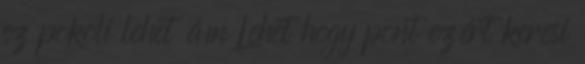
ez pokoli lehet ám Lehet hogy pont ezért keresi